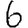
Digit: 6